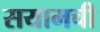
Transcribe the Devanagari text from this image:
सयामची